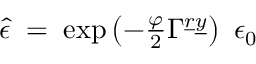
\hat { \epsilon } \; = \; \exp \left( - \textstyle { \frac { \varphi } { 2 } } \Gamma ^ { \underline { { { r } } } \underline { { { y } } } } \right) \ \epsilon _ { 0 }